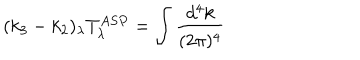
LaTeX: ( k _ { 3 } - k _ { 2 } ) _ { \lambda } T _ { \lambda } ^ { A S P } = \int \frac { d ^ { 4 } k } { ( 2 \pi ) ^ { 4 } }